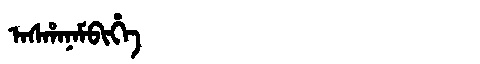
Manchu: ᠠᠰᡥᠠᠨᠠᠮᠪᡳᡥᡝ
Romanization: ASHANAMBIHE